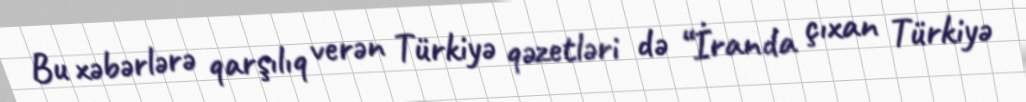
Bu xəbərlərə qarşılıq verən Türkiyə qəzetləri də “İranda çıxan Türkiyə